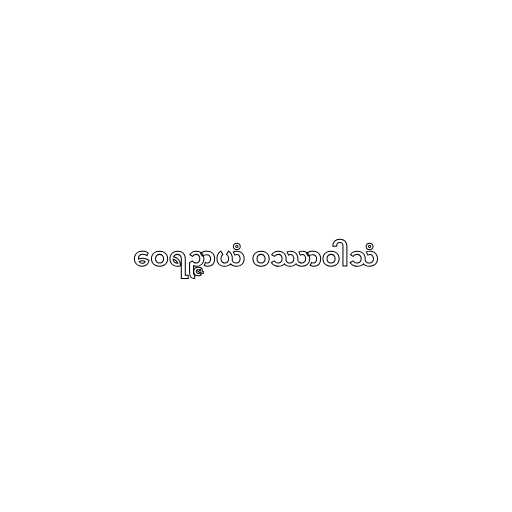
ဝေရဉ္ဇာယံ ဝဿာဝါသံ